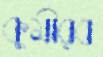
কুমীরব